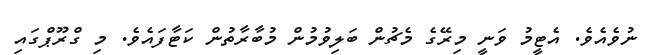
ނުވެއެވެ. އެޓީމު ވަނީ މިރޭގެ މެޗުން ބަލިވުމުން މުބާރާތުން ކަޓާފައެވެ. މި ގްރޫޕްގައި